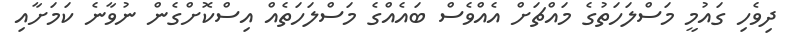
ދިވެހި ގައުމީ މަސްލަހަތުގެ މައްޗަށް އެއްވެސް ބައެއްގެ މަސްލަހަތެއް އިސްކޮށްގެން ނުވާނެ ކަމަށާއި